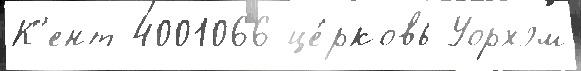
К'ент 4001066 це́рковь Уорхэм